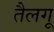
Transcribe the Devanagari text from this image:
तैलगू